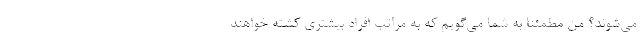
مي‌شوند؟ من مطمئنا به شما مي‌گويم كه به مراتب افراد بيشتري كشته خواهند